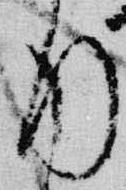
行